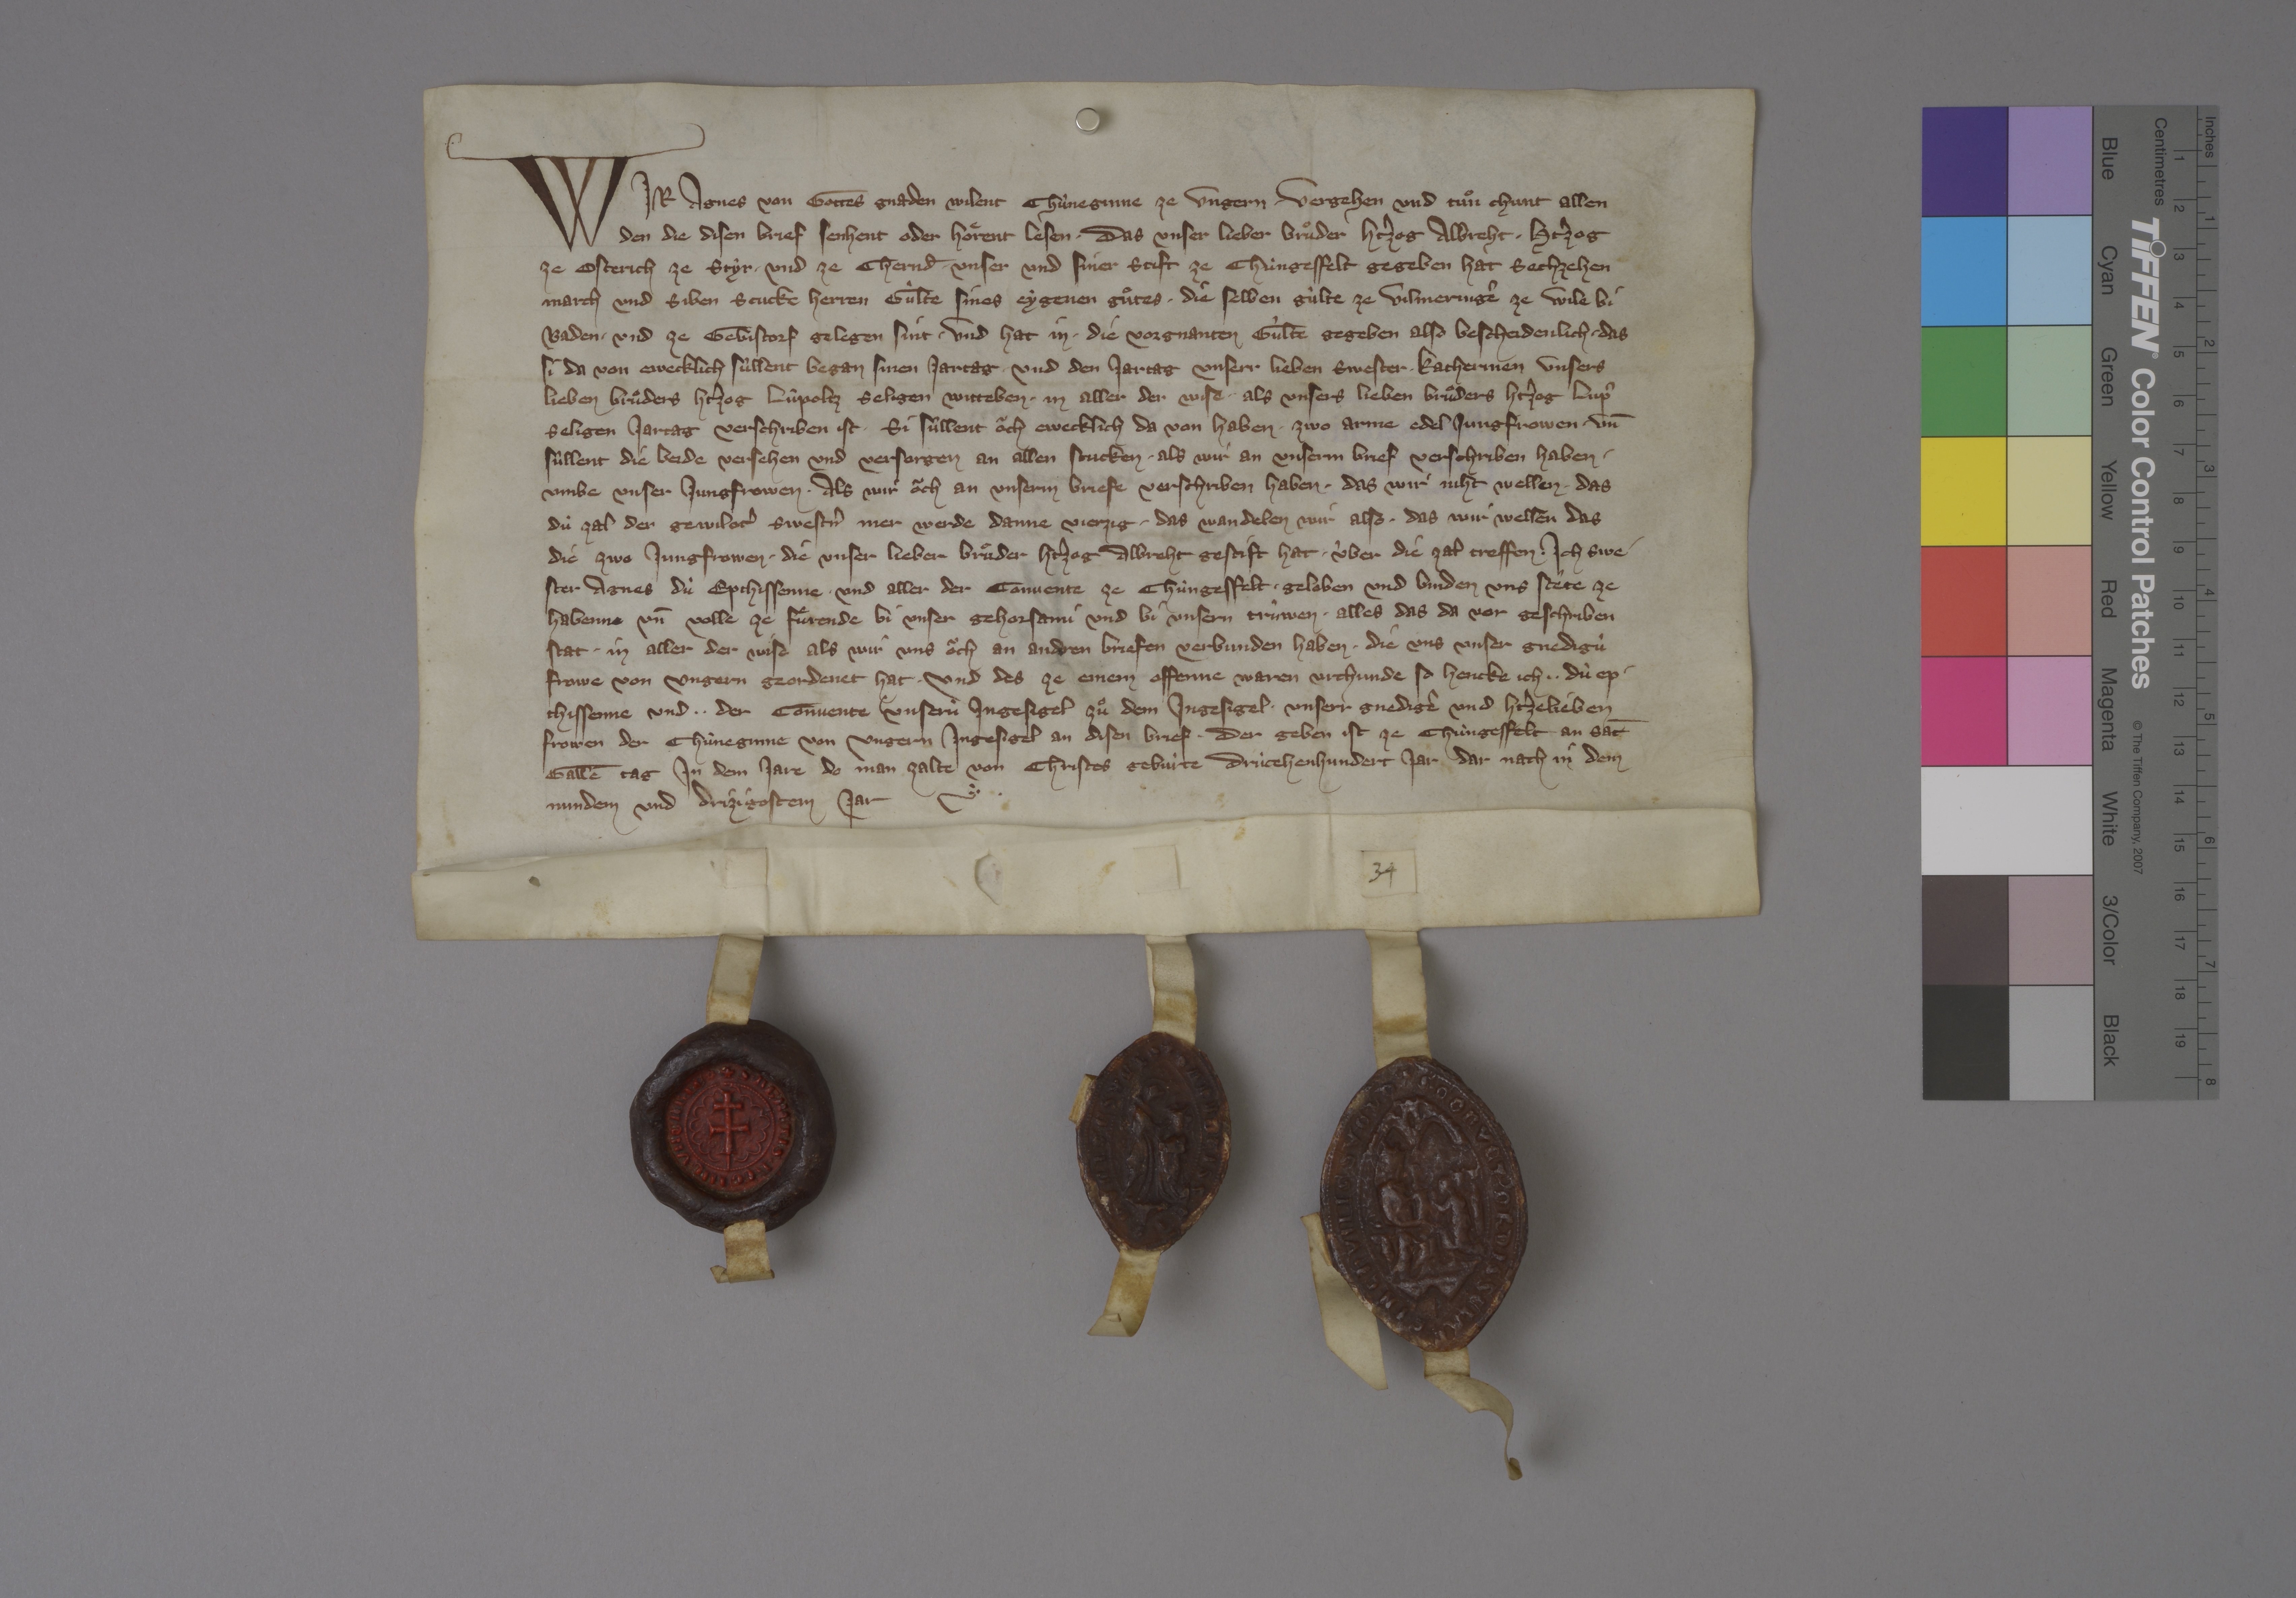
Wir, Agnes, von gottes gnaden wilent chùneginne ze Ungern, vergehen und tuͦn chunt allen
den, die disen brief senhent oder hoͤrent lesen, ✳ das unser lieber bruͦder htˀzog Albreht, ✳ htˀzog
ze Osterich, ze Styr ✳ und ze Chernd̄, ✳ unser und siner stift ze Chùngesfelt gegeben hat sechzehen
march und siben stucke herren gûlte sines eygenen guͦtes, ✳ die selben gùlte ze Vilmeringē, ze Wile bi
Baden ✳ und ze Gebistorf gelegen sint, ✳ und hat in ✳ die vorgnanten gùlte gegeben also bescheidenlich, ✳ das
si da von ewecklich sùllent began sinen jartag ✳ und den jartag unserr lieben swester Katherinen, unsers
lieben bruͦders htˀzog Lùpoltz, seligen, witteben, ✳ in aller der wise ✳ als unsers lieben bruͦders htˀzog Lùp̄,
seligen, jartag verschriben ist. ✳ si sùllent oͧch ewecklich da von haben ✳ zwo arme edel jungfrowen ✳ un̄
sùllent die beide versehen und versorgen an allen stucken ✳ als wir an unserm brief verschriben haben ✳
umbe unser jungfrowen. ✳ als wir oͧch an unserm briefe verschriben haben, ✳ das wir niht wellen, das
dù zal der gewilotˀ swestˀn mer werde danne vierzig, ✳ das wandelen wir also, ✳ das wir wellen, das
die zwo jungfrowen, ✳ die unser lieber bruͦder htˀzog Albreht gestift hat, ✳ ùber die zal treffen. ✳ ich, swe¬
ster Agnes, dù epthissenne, und aller der convente ze Chùngesfelt ✳ geloben und binden uns stête ze
habenne un̄ volle ze fuͤrende bi unser gehorsami ✳ und bi unsern trûwen ✳ alles, das da vor geschriben
stat ✳ in aller der wise als wir uns oͧch an anderen briefen verbunden haben, ✳ die uns unser gnedigù
frowe von Ungern geordenet hat. ✳ und des ze einem offenne, waren urchunde so hencke ich, ✳ ✳ dù ep¬
thissenne, und ✳ ✳ der convente unserù ingesigel zuͦ dem ingesigel unserr gnedigē und htˀzelieben
frowen, der chùneginne von Ungern, ingesigel an disen brief, ✳ der geben ist ze Chùngesfelt an sāt
Gallē tag in dem jare, do man zalte von Christes gebùrte drùcehenhundert jar, dar nach in dem
nunden und drizigostem jar. ✳